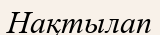
Нақтылап